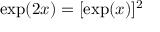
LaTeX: \exp ( 2 x ) = [ \exp ( x ) ] ^ { 2 }